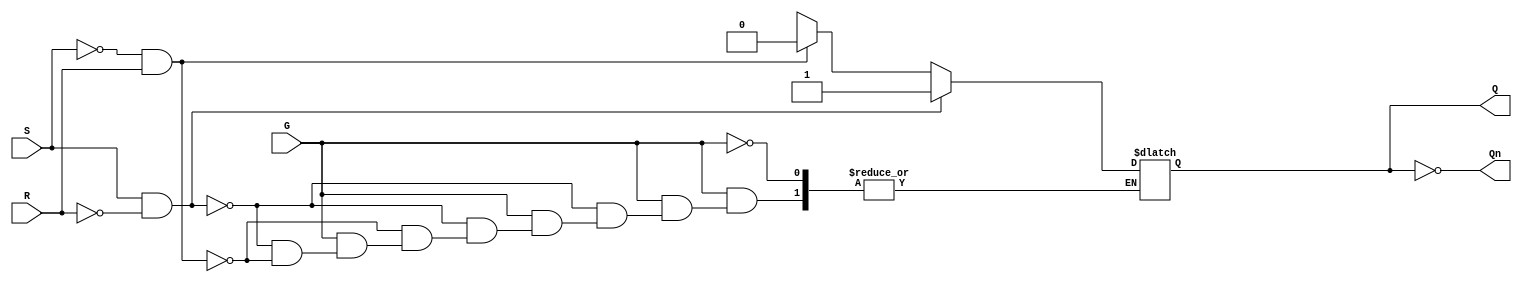
module gated_sr_latch (
    input wire S,    // Set input
    input wire R,    // Reset input
    input wire G,    // Gate input
    output reg Q,    // Output
    output wire Qn   // Complement of output
);

    // Complement of Q
    assign Qn = ~Q;

    always @(*) begin
        if (G) begin
            if (S && ~R) begin
                Q = 1;  // Set state
            end else if (~S && R) begin
                Q = 0;  // Reset state
            end else if (S && R) begin
                // Indeterminate state (typically avoided)
                Q = Q;  // Retain previous state (for simulation purposes)
            end else begin
                Q = Q;  // Retain previous state
            end
        end
    end

endmodule